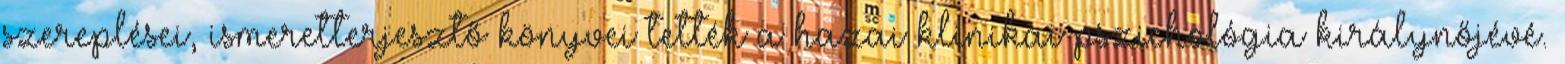
szereplései, ismeretterjesztő könyvei tették a hazai klinikai pszichológia királynőjévé.